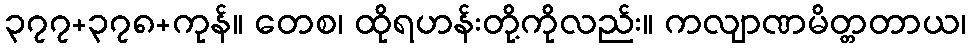
၃၇၇+၃၇၈+ကုန်။ တေစ၊ ထိုရဟန်းတို့ကိုလည်း။ ကလျာဏမိတ္တတာယ၊